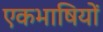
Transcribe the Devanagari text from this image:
एकभाषियों